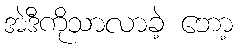
အဲဒီကိုသာလာခဲ့ ဘော့